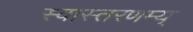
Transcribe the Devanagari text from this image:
स्वास्तरणम्य्